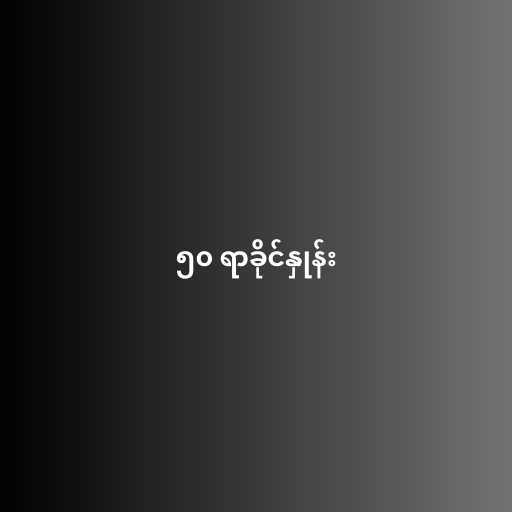
၅၀ ရာခိုင်နှုန်း